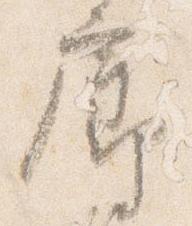
廊